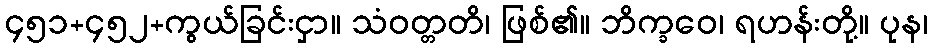
၄၅၁+၄၅၂+ကွယ်ခြင်းငှာ။ သံဝတ္တတိ၊ ဖြစ်၏။ ဘိက္ခဝေ၊ ရဟန်းတို့။ ပုန၊